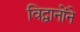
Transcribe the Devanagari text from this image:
विद्वानोंने